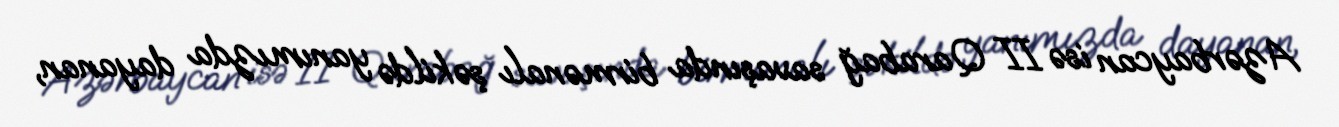
Azərbaycan isə II Qarabağ savaşında birmənalı şəkildə yanımızda dayanan,